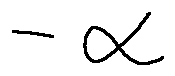
- \alpha